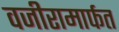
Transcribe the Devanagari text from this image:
वजीरामार्फत